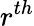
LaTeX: r^{th}